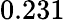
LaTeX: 0.231